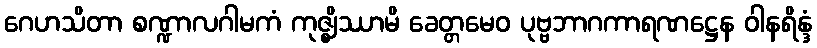
ဂေဟသိတာ စဏ္ဍာလဂါမကံ ကုဇ္ဈိဿာမိ ခေတ္တမေဝ ပုဗ္ဗဘာဂကာရဏဋ္ဌေန ဝါနရိန္ဒံ